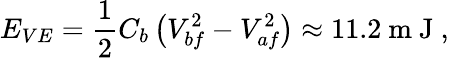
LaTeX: E_{VE}=\frac{1}{2}C_{b}\left(V_{bf}^{2}-V_{af}^{2}\right)\approx 11.2\mathrm{~m~J~},